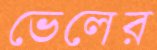
ভেলের